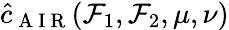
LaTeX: \hat{c}_{\mathrm{~A~I~R~}}(\mathcal{F}_{1},\mathcal{F}_{2},\mu,\nu)